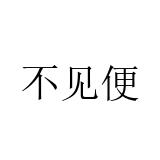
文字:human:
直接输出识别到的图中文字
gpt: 不见便